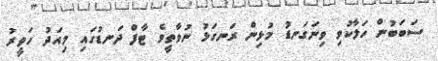
ސަބަބުން ހަލާކުވި ވިނަގަނޑު މުޅިން ރަނގަޅު ނުވާތީވެ ޓާފް ދަނޑުގައި މިއަދު ހަވީރު